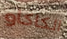
الكاكاو